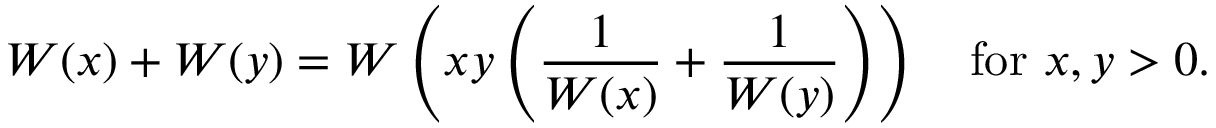
W ( x ) + W ( y ) = W \left( x y \left( { \frac { 1 } { W ( x ) } } + { \frac { 1 } { W ( y ) } } \right) \right) \quad { \mathrm { f o r ~ } } x , y > 0 .